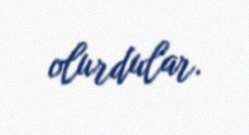
olurdular.